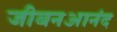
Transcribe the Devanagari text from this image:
जीबनआनंद